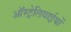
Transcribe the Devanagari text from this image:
ऑस्ट्रेलियाईयों